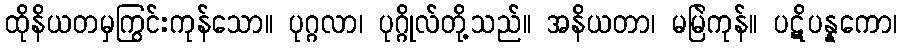
ထိုနိယတမှကြွင်းကုန်သော။ ပုဂ္ဂလာ၊ ပုဂ္ဂိုလ်တို့သည်။ အနိယတာ၊ မမြဲကုန်။ ပဋိပန္နကော၊